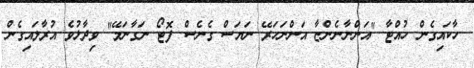
ހާކައިގެން ހުއްޓާ "އަންނާނެންޏާ އަންނަހަރޭ ނަޔަސް ގެނެސް ފޮޓޯ ނަގާނަމޭ" ވިދާޅުވެ އުރާލައިގެން